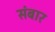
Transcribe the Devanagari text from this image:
संबार